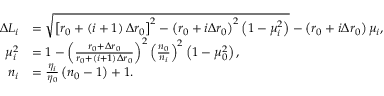
\begin{array} { r l } { \Delta L _ { i } } & { = \sqrt { \left[ r _ { 0 } + \left( i + 1 \right) \Delta r _ { 0 } \right] ^ { 2 } - \left( r _ { 0 } + i \Delta r _ { 0 } \right) ^ { 2 } \left( 1 - \mu _ { i } ^ { 2 } \right) } - \left( r _ { 0 } + i \Delta r _ { 0 } \right) \mu _ { i } , } \\ { \mu _ { i } ^ { 2 } } & { = 1 - \left( \frac { r _ { 0 } + \Delta r _ { 0 } } { r _ { 0 } + \left( i + 1 \right) \Delta r _ { 0 } } \right) ^ { 2 } \left( \frac { n _ { 0 } } { n _ { i } } \right) ^ { 2 } \left( 1 - \mu _ { 0 } ^ { 2 } \right) , } \\ { n _ { i } } & { = \frac { \eta _ { i } } { \eta _ { 0 } } \left( n _ { 0 } - 1 \right) + 1 . } \end{array}